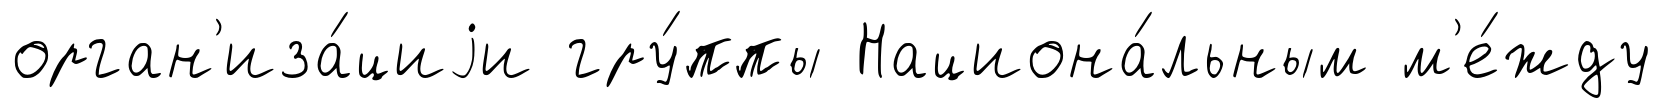
орган'иза́циjи гру́ппы Национа́льным м'е́жду